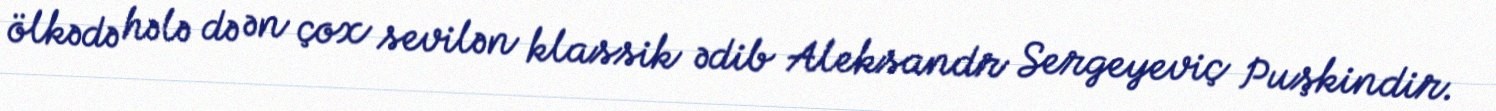
ölkədə hələ də ən çox sevilən klassik ədib Aleksandr Sergeyeviç Puşkindir.